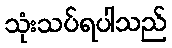
သုံးသပ်ရပါသည်